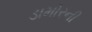
ડામોરની